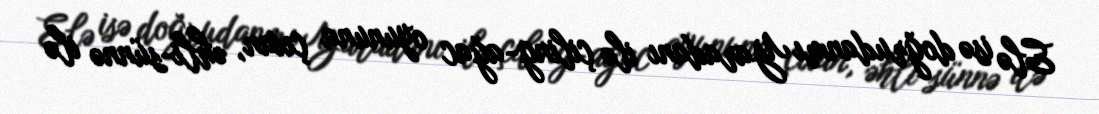
Elə isə doğrudanmı Yaradanı ilə çiling-ağac oyununa çıxan, əhli-sünnə ilə